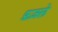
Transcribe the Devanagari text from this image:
फ़ज़ले